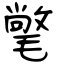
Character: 氅